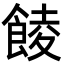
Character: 𩜁